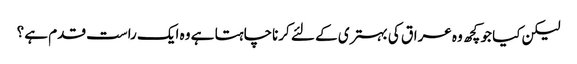
لیکن کیا جو کچھ وہ عراق کی بہتری کے لئے کرناچاہتا ہے وہ ایک راست قدم ہے ؟